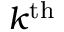
k ^ { \mathrm { { t h } } }